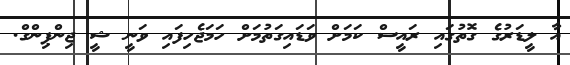
އާ ލީޑަރުގެ ގޮތުގައި ރައީސް ކަމަށް ވަޑައިގަތުމަށް ހަމަޖެހިފައި ވަނީ ޝީ ޖިންޕިންގް.